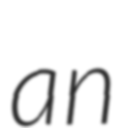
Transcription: an